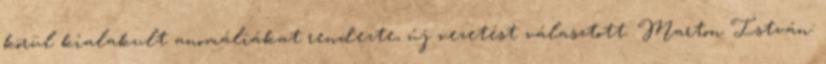
körül kialakult anomáliákat rendezte, új vezetést választott. Marton István: